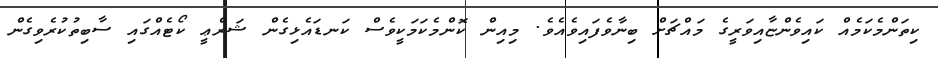
ކިތަންމެކަމެއް ކައިވެންޏާއިވަރީގެ މައްޗަށް ބިނާވެފައިވެއެވެ. މިއިން ކޮންމެކަމަކީވެސް ކަނޑައެޅިގެން ޝަރްޢީ ކޯޓެއްގައި ސާބިތުކުރެވިގެން